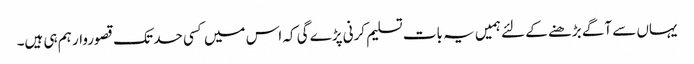
یہاں سے آگے بڑھنے کے لئے ہمیں یہ بات تسلیم کرنی پڑے گی کہ اس میں کسی حد تک قصوروار ہم ہی ہیں۔